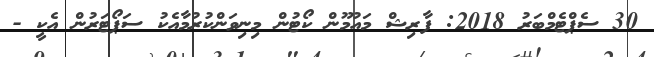
30 ސެޕްޓެމްބަރު 2018: ފާރިޝް މައުމޫން ކޯޓުން މިނިވަންކުރުމާއެކު ސަޕޯޓަރުން އެކީ -